Rangoon Lunatic Asylum 1878-1892 - 1878-1892
Year: 1878
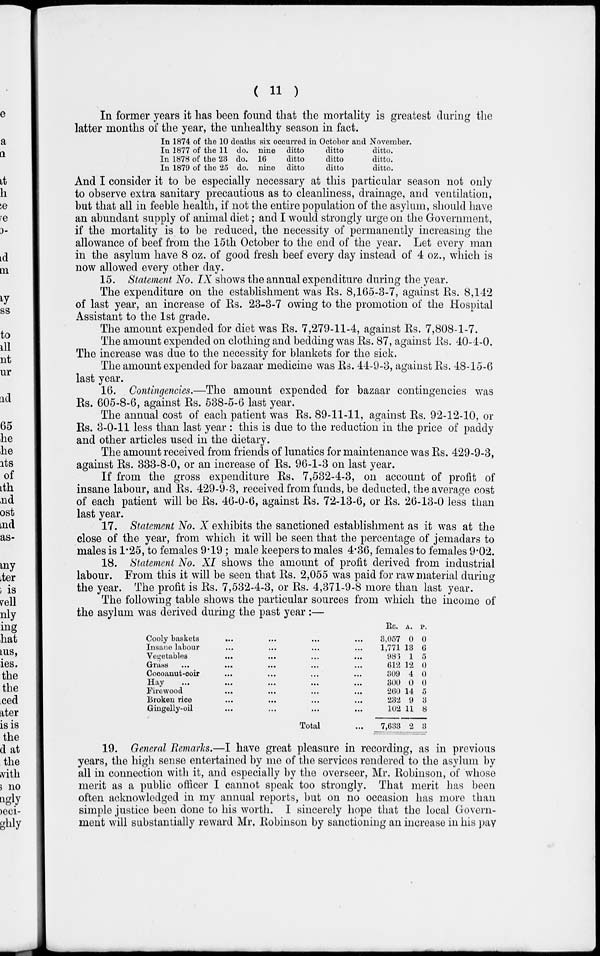
( 11 )
In former years it has been found that the mortality is greatest during the
latter months of the year, the unhealthy season in fact.
In 1874 of the 10 deaths six occurred in October and November.
In 1877 of the 11 do. nine ditto
ditto
ditto.
In 1878 of the 23 do. 16
ditto
ditto
ditto.
In 1879 of the 25 do. nine ditto
ditto
ditto.
And I consider it to be especially necessary at this particular season not only
to observe extra sanitary precautious as to cleanliness, drainage, and ventilation,
but that all in feeble health, if not the entire population of the asylum, should have
an abundant supply of animal diet ; and I would strongly urge on the Government,
if the mortality is to be reduced, the necessity of permanently increasing the
allowance of beef from the 15th October to the end of the year. Let every man
in the asylum have 8 oz. of good fresh beef every day instead of 4 oz., which is
now allowed every other day.
15. Statement No. IX shows the annual expenditure during the year.
The expenditure on the establishment was Rs. 8,165-3-7, against Rs. 8,142
of last year, an increase of Rs. 23-3-7 owing to the promotion of the Hospital
Assistant to the 1st grade.
The amount expended for diet was Rs. 7,279-11-4, against Rs. 7,808-1-7.
The amount expended on clothing and bedding was Rs. 87, against Rs. 40-4-0.
The increase was due to the necessity for blankets for the sick.
The amount expended for bazaar medicine was Rs. 44-9-3, against Rs. 48-15-6
last year.
16. Contingencies.—The amount expended for bazaar contingencies was
Rs. 605-8-6, against Rs. 538-5-6 last year.
The annual cost of each patient was Rs. 89-11-11, against Rs. 92-12-10, or
Rs. 3-0-11 less than last year : this is due to the reduction in the price of paddy
and other articles used in the dietary.
The amount received from friends of lunatics for maintenance was Rs. 429-9-3,
against Rs. 333-8-0, or an increase of Rs. 96-1-3 on last year.
If from the gross expenditure Rs. 7,532-4-3, on account of profit of
insane labour, and Rs. 429-9-3, received from funds, be deducted, the average cost
of each patient will be Rs. 46-0-6, against Rs. 72-13-6, or Rs. 26-13-0 less than
last year.
17. Statement No. X exhibits the sanctioned establishment as it was at the
close of the year, from which it will be seen that the percentage of jemadars to
males is 1.25, to females 9.19 ; male keepers to males 4.36, females to females 9.02.
18. Statement No. XI shows the amount of profit derived from industrial
labour. From this it will be seen that Rs. 2,055 was paid for raw material during
the year. The profit is Rs. 7,532-4-3, or Rs. 4,371-9-8 more than last year.
The following table shows the particular sources from which the income of
the asylum was derived during the past year :—
Cooly baskets ... ... ... ...
Insane labour ... ... ... ...
Vegetables ... ... ... ...
Grass ... ... ... ...
Cocoanut-coir ... ... ... ... ...
Hay ... ... ... ... ...
Firewood ... ... ... ...
Broken rice ... ... ... ...
Gingelly-oil ... ... ... ...
Total ...
Rs.
3,057
1,771
986
612
309
300
260
232
102
7,633
A.
0
13
1
12
4
0
14
9
11
2
P.
0
6
5
0
0
0
5
3
8
3
19. General Remarks.—I have great pleasure in recording, as in previous
years, the high sense entertained by me of the services rendered to the asylum by
all in connection with it, and especially by the overseer, Mr. Robinson, of whose
merit as a public officer I cannot speak too strongly. That merit has been
often acknowledged in my annual reports, but on no occasion has more than
simple justice been done to his worth. I sincerely hope that the local Govern-
ment will substantially reward Mr. Robinson by sanctioning an increase in his pay